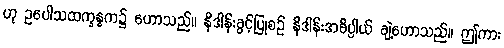
ဟု ဥပေါသထက္ခန္ဓက၌ ဟောသည်။ နိဒါန်းခွင့်ပြုစဉ် နိဒါန်းအဓိပ္ပါယ် ချဲ့ဟောသည်။ ဤကား